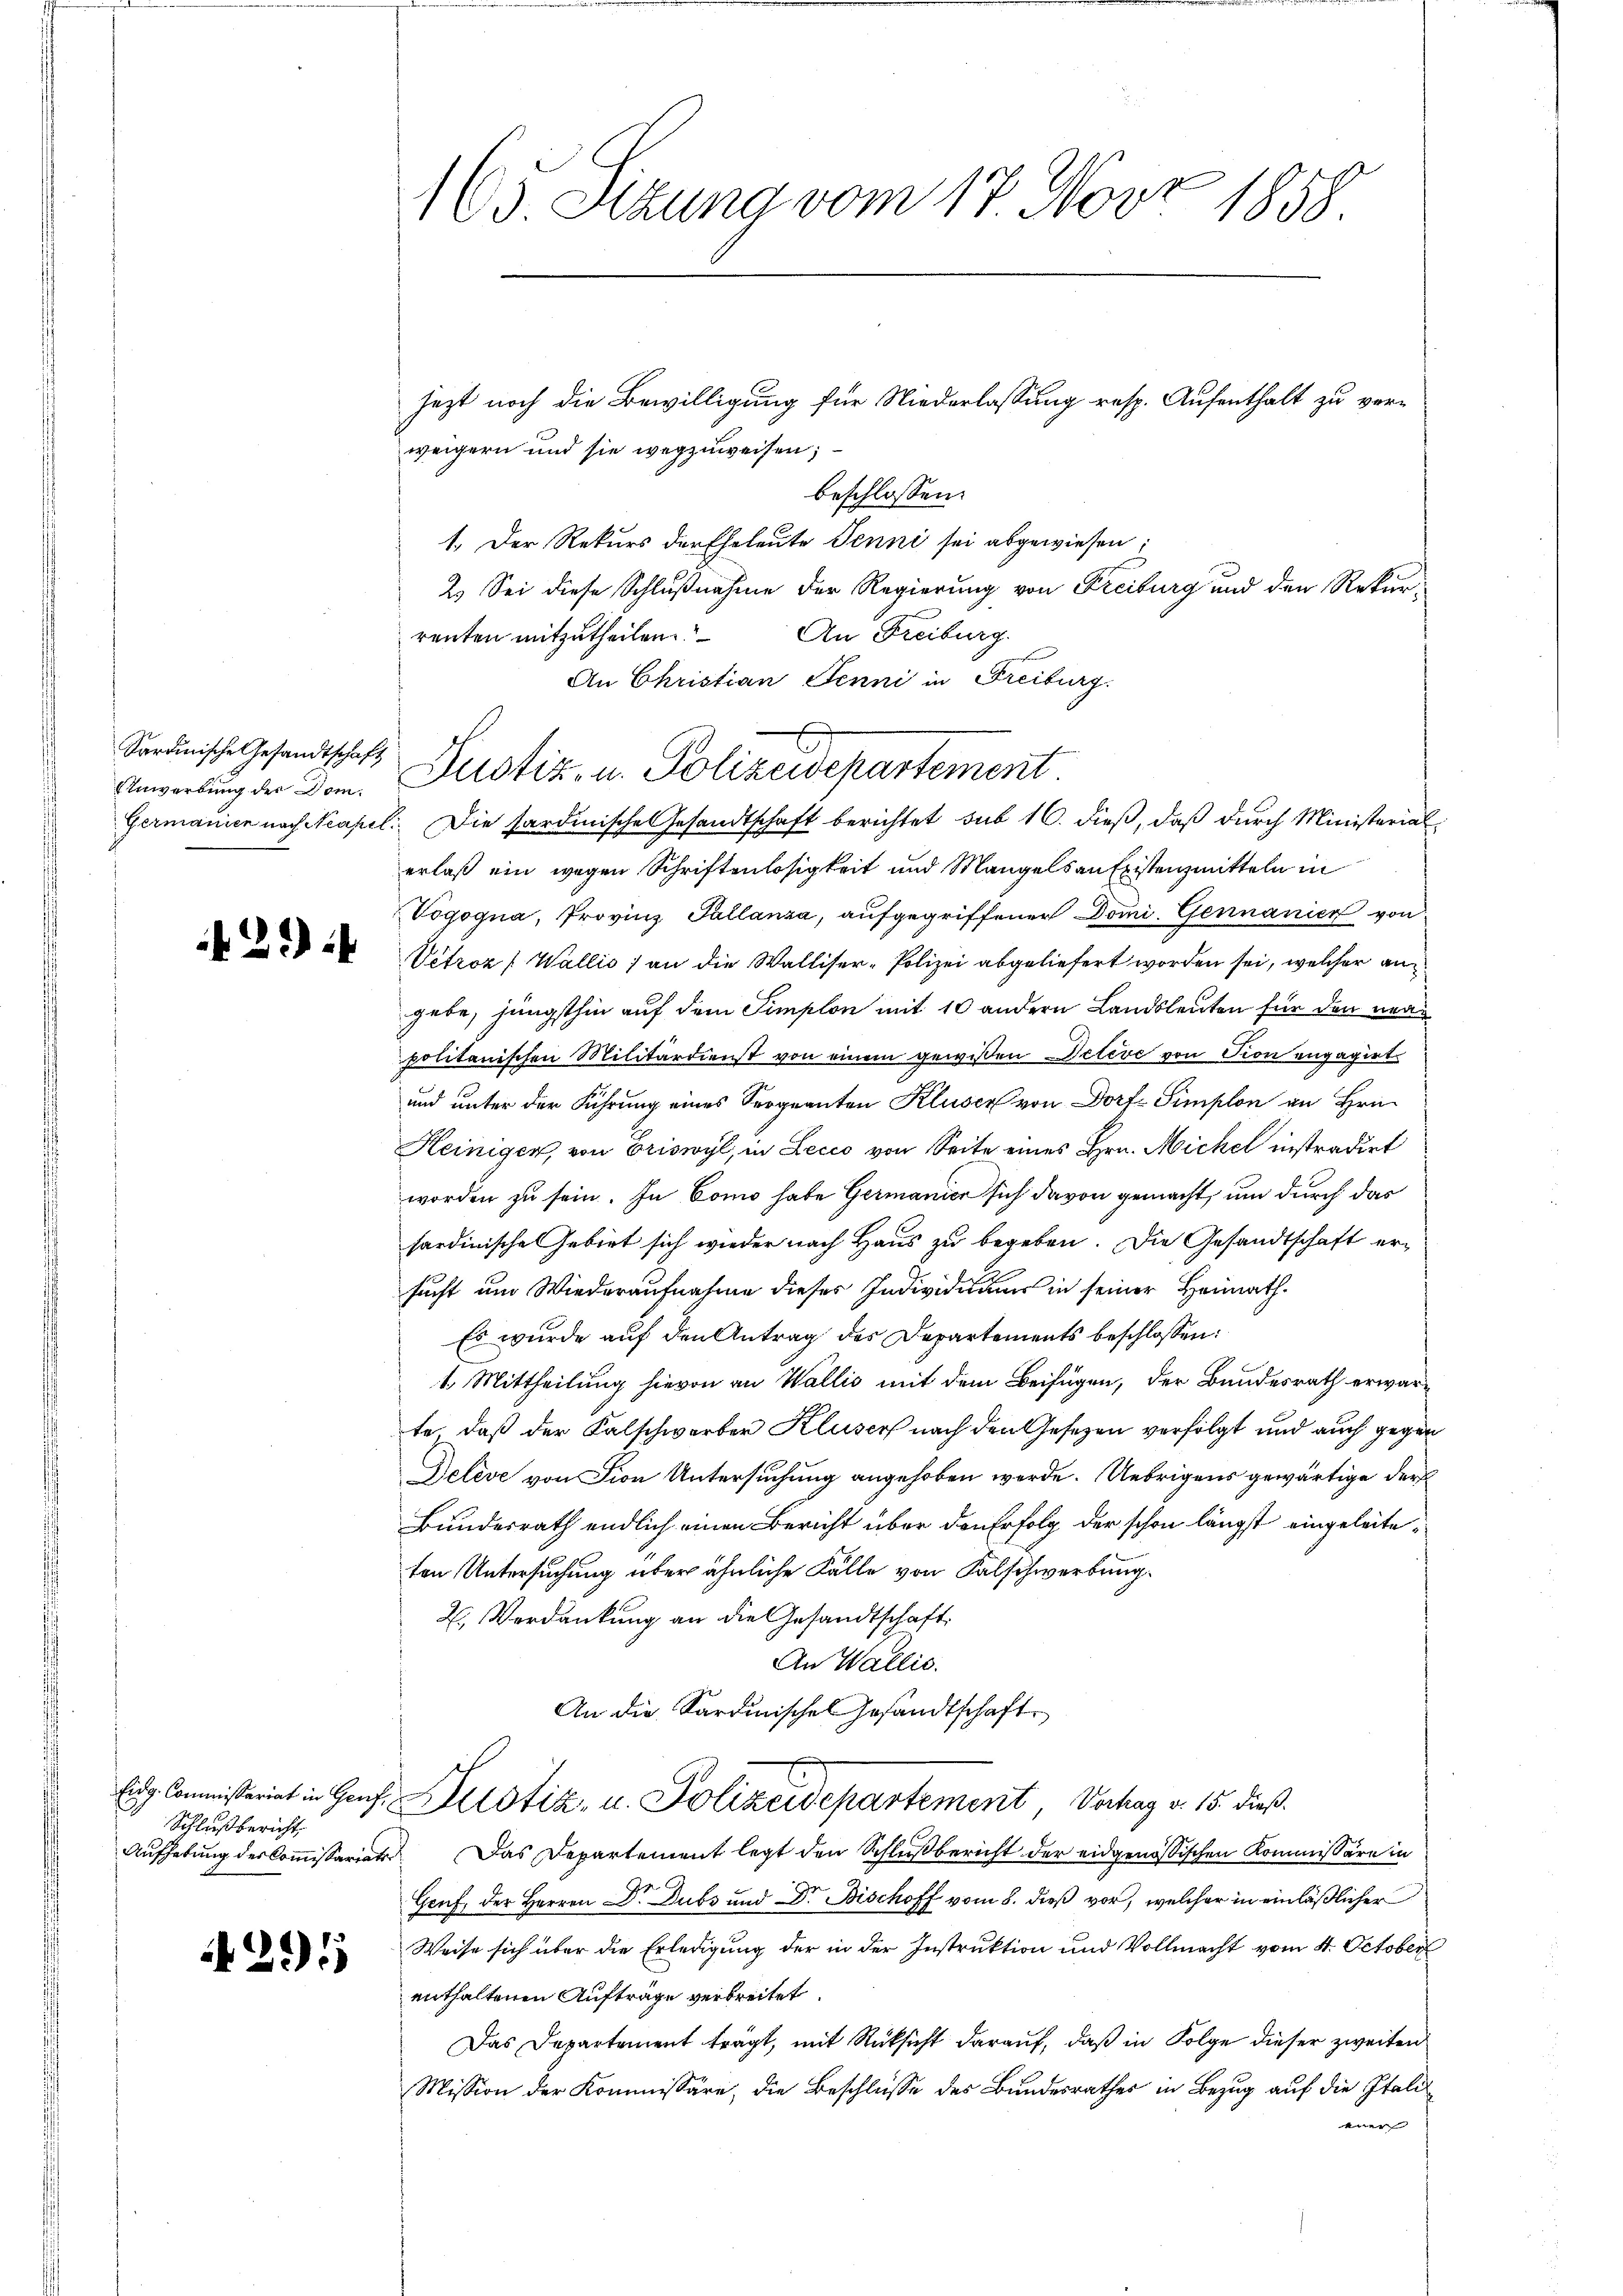
Unwerbung der Dom¬

Schlußbericht,
Aufhebung des Commissariater

291)

165. Seizung vom 17. Novz 1858.

jezt noch die Bewilligung für Niederlassung resp. Aufenthalt zu verweigern und sie wegzuweisen;
beschlossen:
1. Der Rekurs der Eheleute Jenni sei abgewiesen;
2.) Sei diese Schlußnahme der Regierung von Freiburg und den Rekur¬
An Freiburg.
renten mitzutheilen
An Christian Jenni in Freiburg.
Germanien nach Neapel. Die sardinische Gesandtschaft berichtet sub 16. dieß, daß durch Ministerialerlaß ein wegen Schriftenlosigkeit und Mangels an Existenzmitteln in
Vogogna, Provinz Pallanza, aufgegriffener Domi. Gennanica von
 Vitroz (Wallis 1 an die Walliser-Polizei abgeliefert worden sei, welcher angebe, jüngsthin auf dem Simplon mit 10 andern Landsleuten für den neue
politanischen Militärdienst von einem gewißen Deteve von Pion engagirt.
und unter der Führung eines Sergnanten Kluser von Dorf- Simplon an Hrn.
Heinigen, von Briswyl, in Lecco von Seite eines Hrn. Michel instradirt
worden zu sein. In Como habe Germanier sich davon gemacht, und durch das
hardinische Gebiet sich wieder nach Haus zu begeben. Die Gesandtschaft ersucht um Wiederaufnahme dieses Individuums in seiner Heimath¬
Es wurde auf den Antrag des Departements beschlossen:
1. Mittheilung hievon an Wallis mit dem Beifügen, der Bundesrath erwarte, daß der Kalschwerber Kluser nach den Gesetzen verfolgt und auch gegen
Deléve von Fion Untersuchung angehoben werde. Uebrigens gewärtige der
Bundesrath endlich einen Bericht über den Erfolg der schon längst eingeleiteten Untersuchung über ähnliche Fälle von Falschwerbung.
2. Verdankung an die Gesandtschaft.
An Wallis.
An die Sardinisches Gesandtschaft
Eig Commißariat in Genf, Leistiz- u. Polizeidepartement Verhag v. 15. dieß.
Das Departement legt den Schlußbericht der eidgenößischen Kommissäre in
Gruf, der Herren Dr. Dubs und Dr. Bischoff vom 8. dieß vor, welcher in einläßlicher
Weise sich über die Erledigung der in der Instruktion und Vollmacht vom 4. October
enthaltenen Aufträge verbreitet.
Das Departement trägt, mit Rücksicht darauf, daß in Folge dieser zweiten
Mission der Kommissäre, die Beschlüsse des Bundesrathes in Bezug auf die Itali
er

x
Sordinische Gesandtschaft Zustiz- u. Polizeidepartement